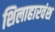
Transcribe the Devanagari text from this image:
शिलाहारवंश